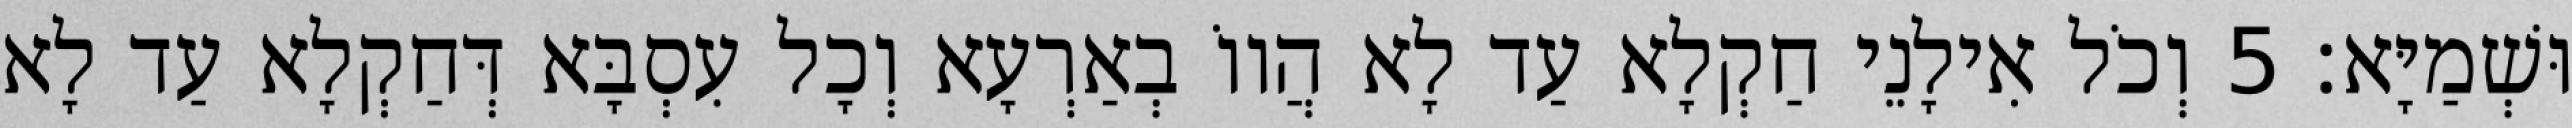
וּשְׁמַיָּא׃ 5 וְכֹל אִילָנֵי חַקְלָא עַד לָא הֲווֹ בְאַרְעָא וְכָל עִסְבָּא דְּחַקְלָא עַד לָא